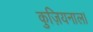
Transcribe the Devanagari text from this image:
कुज़ियनाल।